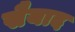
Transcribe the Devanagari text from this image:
सैयाद